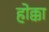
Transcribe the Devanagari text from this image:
होक्का